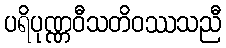
ပရိပုဏ္ဏဝီသတိဝဿသညီ